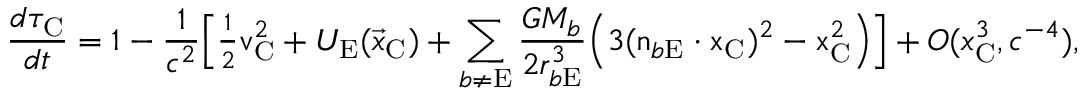
\frac { d \tau _ { \mathrm { C } } } { d t } = 1 - \frac { 1 } { c ^ { 2 } } \Big [ { \textstyle \frac { 1 } { 2 } } \boldsymbol { \mathrm { v } } _ { \mathrm { C } } ^ { 2 } + U _ { \mathrm { E } } ( { \vec { x } } _ { \mathrm { C } } ) + \sum _ { b \not = \mathrm { E } } \frac { G M _ { b } } { 2 r _ { b \mathrm { E } } ^ { 3 } } \Big ( 3 ( \boldsymbol { \mathrm { n } } _ { b \mathrm { E } } \cdot \boldsymbol { \mathrm { x } } _ { \mathrm { C } } ) ^ { 2 } - \boldsymbol { \mathrm { x } } _ { \mathrm { C } } ^ { 2 } \Big ) \Big ] + { \cal O } ( { x _ { \mathrm { C } } ^ { 3 } , c ^ { - 4 } } ) ,